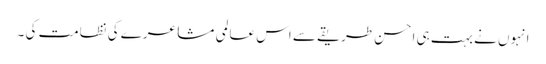
انہوں نے بہت ہی احسن طریقے سے اس عالمی مشاعرے کی نظامت کی ۔